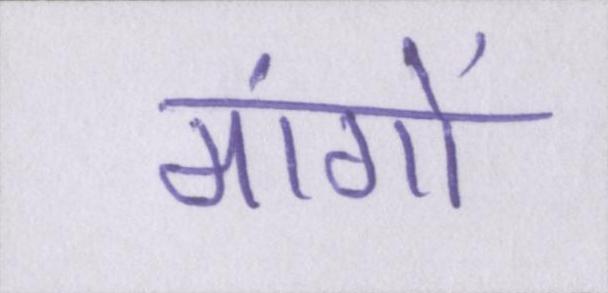
मांगों